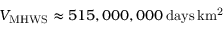
\ensuremath { V _ { \mathrm { M H W S } } } \approx 5 1 5 , 0 0 0 , 0 0 0 \, \ensuremath { \mathrm { d a y s \, k m ^ { 2 } } }